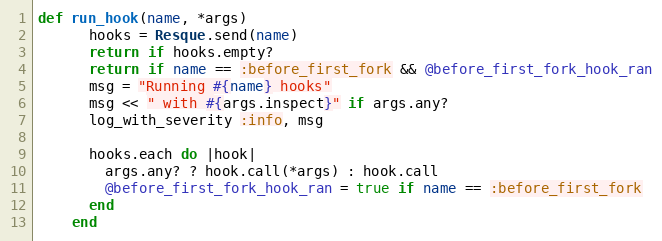
Language: Ruby
def run_hook(name, *args)
      hooks = Resque.send(name)
      return if hooks.empty?
      return if name == :before_first_fork && @before_first_fork_hook_ran
      msg = "Running #{name} hooks"
      msg << " with #{args.inspect}" if args.any?
      log_with_severity :info, msg

      hooks.each do |hook|
        args.any? ? hook.call(*args) : hook.call
        @before_first_fork_hook_ran = true if name == :before_first_fork
      end
    end